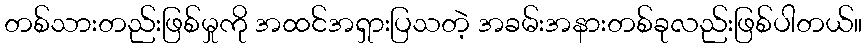
တစ်သားတည်းဖြစ်မှုကို အထင်အရှားပြသတဲ့ အခမ်းအနားတစ်ခုလည်းဖြစ်ပါတယ်။